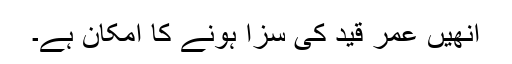
اُنھیں عمر قید کی سزا ہونے کا امکان ہے۔